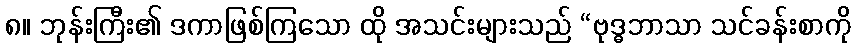
၈။ ဘုန်းကြီး၏ ဒကာဖြစ်ကြသော ထို အသင်းများသည် “ဗုဒ္ဓဘာသာ သင်ခန်းစာကို